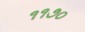
૧૧૭૦